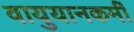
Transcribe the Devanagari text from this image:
वायुयानकर्मी